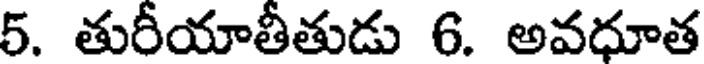
5. తురీయాతీతుడు 6. అవధూత